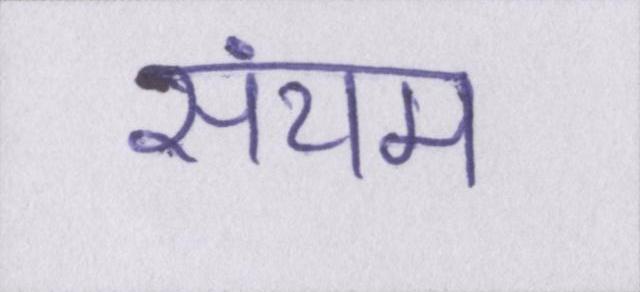
संयम